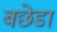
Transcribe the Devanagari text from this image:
बछेडा